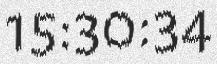
15:30:34